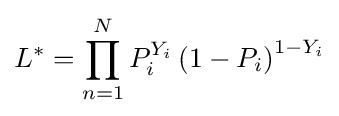
L^{*}=\prod _{n=1}^{N}{P_{i}^{Y_{i}}}\left(1-P_{i}\right)^{1-Y_{i}}